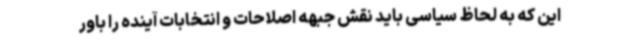
این که به لحاظ سیاسی باید نقش جبهه اصلاحات و انتخابات آینده را باور